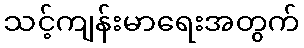
သင့်ကျန်းမာရေးအတွက်